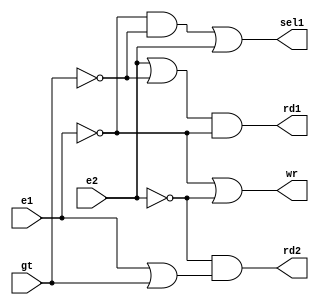
module controlfifo (input gt, input e1, input e2, output rd1, output rd2,output sel1,output wr);

wire w1,w2,w3,w4,w5,w6;

not	n1(w1,gt),
	n2(w2,e1),
	n3(w3,e2);

and	a3(w6,w2,w1);

or	r1(w4,e2,w1),
	r2(w5,e1,gt),
	r3(wr,w2,w3),
	r4(sel1,w6,e2);

and	a1(rd1,w4,w2),
	a2(rd2,w3,w5);
endmodule